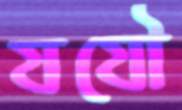
যযৌ